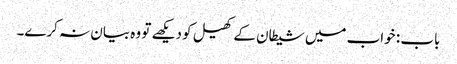
باب : خواب میں شیطان کے کھیل کو دیکھے تو وہ بیان نہ کرے۔